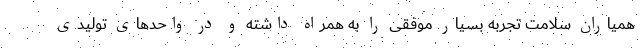
همیاران سلامت تجربه بسیار موفقی را به همراه داشته و در واحدهای تولیدی